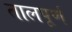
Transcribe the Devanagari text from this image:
तालपूर्ण